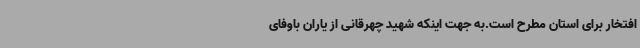
افتخار برای استان مطرح است.به جهت اینکه شهید چهرقانی از یاران باوفای